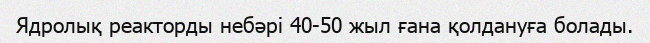
Ядролық реакторды небәрі 40-50 жыл ғана қолдануға болады.